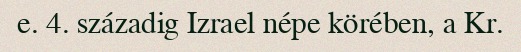
e. 4. századig Izrael népe körében, a Kr.